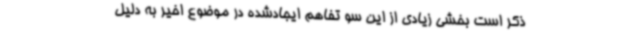
ذکر است بخشی زیادی از این سو تفاهم ایجادشده در موضوع اخیر به دلیل